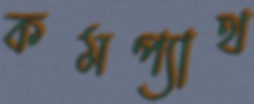
কমপ্যাথ